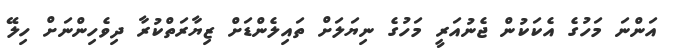
އަންނަ މަހުގެ އެކަކުން ޖެނުއަރީ މަހުގެ ނިޔަލަށް ތައިލެންޑަށް ޒިޔާރަތްކުރާ ދިވެހިންނަށް ހިލޭ